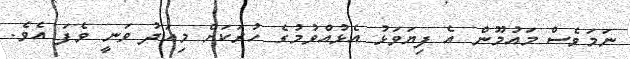
ނަމަވެސް މައުމޫން އެ ފިޔަވަޅު އެޅުއްވުމުގެ ހުރަކަށް މިއަދު ވަނީ ވެފަ އެވެ.